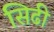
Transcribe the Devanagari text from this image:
सिढी